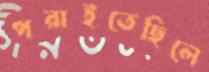
পরাইতেছিলে